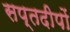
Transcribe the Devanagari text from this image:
सप्तदीपों